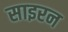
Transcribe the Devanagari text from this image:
साइरन